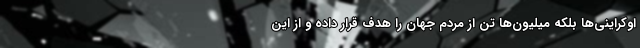
اوکراینی‌ها بلکه میلیون‌ها تن از مردم جهان را هدف قرار داده و از این